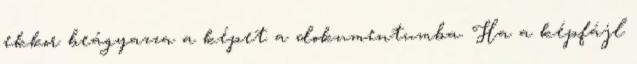
ekkor beágyazza a képet a dokumentumba. Ha a képfájl